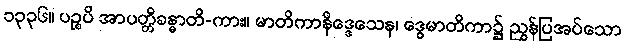
၁၃၃၆။ ပဉ္စပိ အာပတ္တိခန္ဓာတိ-ကား။ မာတိကာနိဒ္ဒေသေန၊ ဒွေမာတိကာ၌ ညွှန်ပြအပ်သော